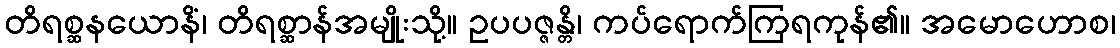
တိရစ္ဆနယောနိံ၊ တိရစ္ဆာန်အမျိုးသို့။ ဥပပဇ္ဇန္တိ၊ ကပ်ရောက်ကြရကုန်၏။ အမောဟောစ၊